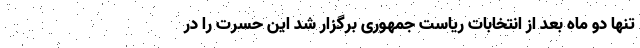
تنها دو ماه بعد از انتخابات ریاست جمهوری برگزار شد این حسرت را در